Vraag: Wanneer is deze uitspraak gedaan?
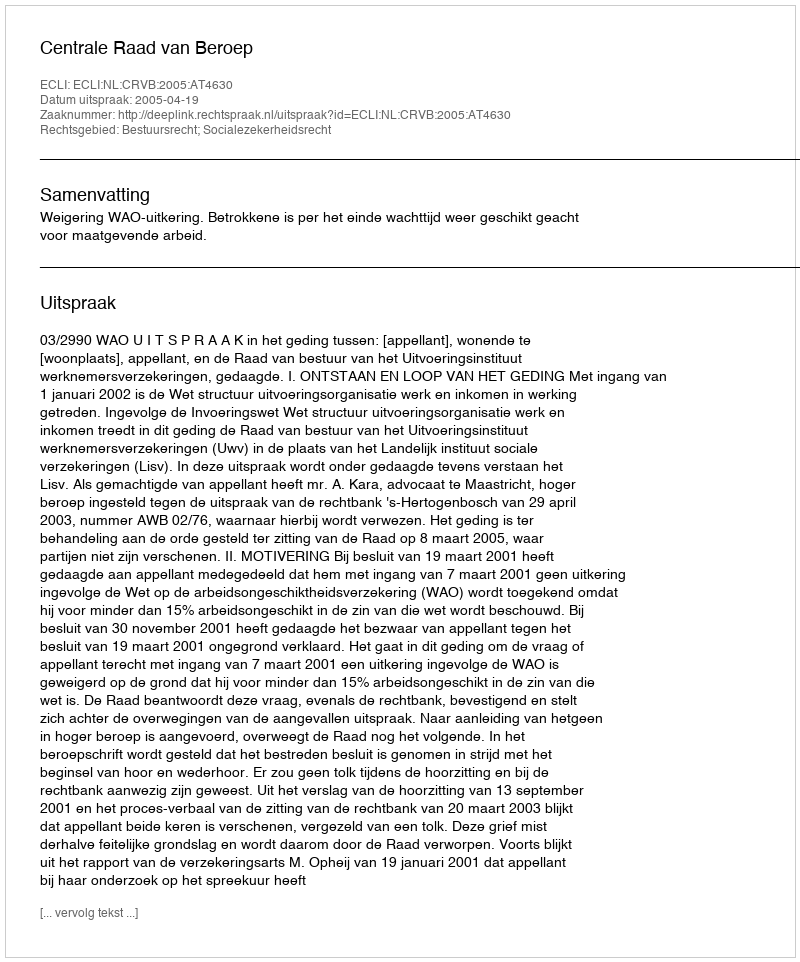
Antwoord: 2005-04-19